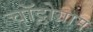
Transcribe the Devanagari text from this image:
चॉट्टोग्राम